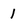
Character: 1